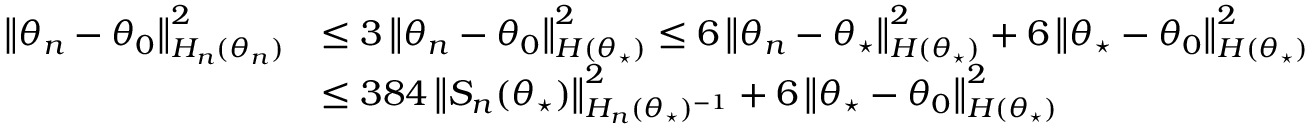
\begin{array} { r l } { \left\lVert \theta _ { n } - \theta _ { 0 } \right\rVert _ { H _ { n } ( \theta _ { n } ) } ^ { 2 } } & { \le 3 \left\lVert \theta _ { n } - \theta _ { 0 } \right\rVert _ { H ( \theta _ { \star } ) } ^ { 2 } \le 6 \left\lVert \theta _ { n } - \theta _ { \star } \right\rVert _ { H ( \theta _ { \star } ) } ^ { 2 } + 6 \left\lVert \theta _ { \star } - \theta _ { 0 } \right\rVert _ { H ( \theta _ { \star } ) } ^ { 2 } } \\ & { \le 3 8 4 \left\lVert S _ { n } ( \theta _ { \star } ) \right\rVert _ { H _ { n } ( \theta _ { \star } ) ^ { - 1 } } ^ { 2 } + 6 \left\lVert \theta _ { \star } - \theta _ { 0 } \right\rVert _ { H ( \theta _ { \star } ) } ^ { 2 } } \end{array}